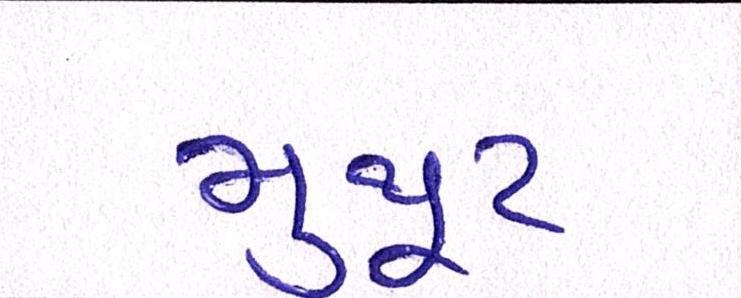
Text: મુથૂટ